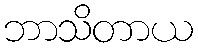
ဘာသိတာယ